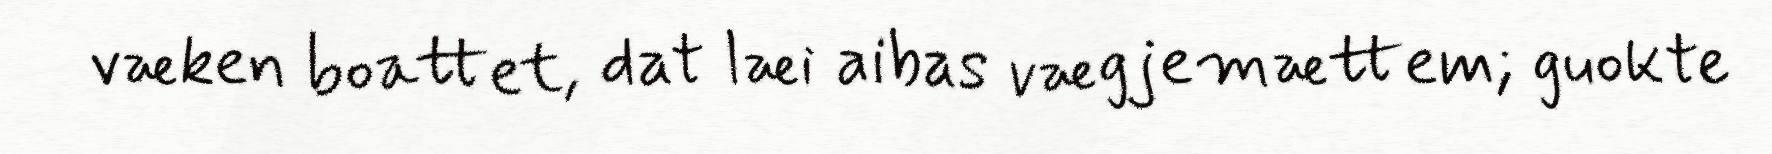
væken boattet, dat læi aibas vægjemættem; guokte